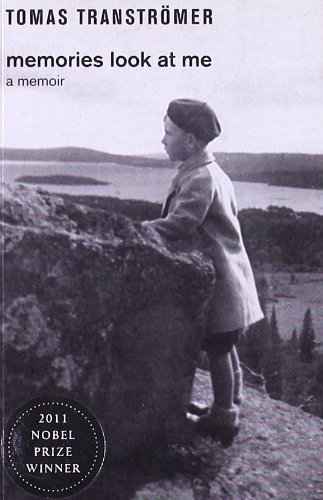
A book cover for Memories Look at Me: A Memoir; Tomas Transtromer; Biographies & Memoirs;